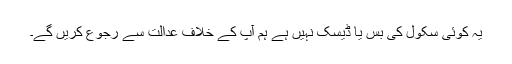
یہ کوئی سکول کی بس یا ڈیسک نہیں ہے ہم آپ کے خلاف عدالت سے رجوع کریں گے۔